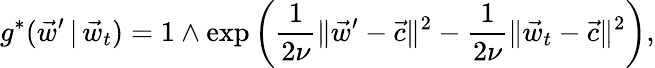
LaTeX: g^{*}(\vec{w}^{\prime}\, |\, \vec{w}_{t})=1\wedge\exp\left(\frac{1}{2\nu}\lVert\vec{w}^{\prime}-\vec{c}\rVert^{2}-\frac{1}{2\nu}\lVert\vec{w}_{t}-\vec{c}\rVert^{2}\right),